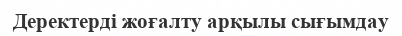
Деректерді жоғалту арқылы сығымдау